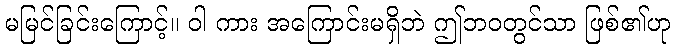
မမြင်ခြင်းကြောင့်။ ဝါ ကား အကြောင်းမရှိဘဲ ဤဘဝတွင်သာ ဖြစ်၏ဟု